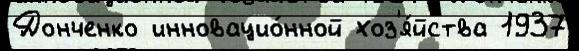
Донченко инновацио́нной хоз'я́йства 1937